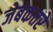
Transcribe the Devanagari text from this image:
जेबकतरे